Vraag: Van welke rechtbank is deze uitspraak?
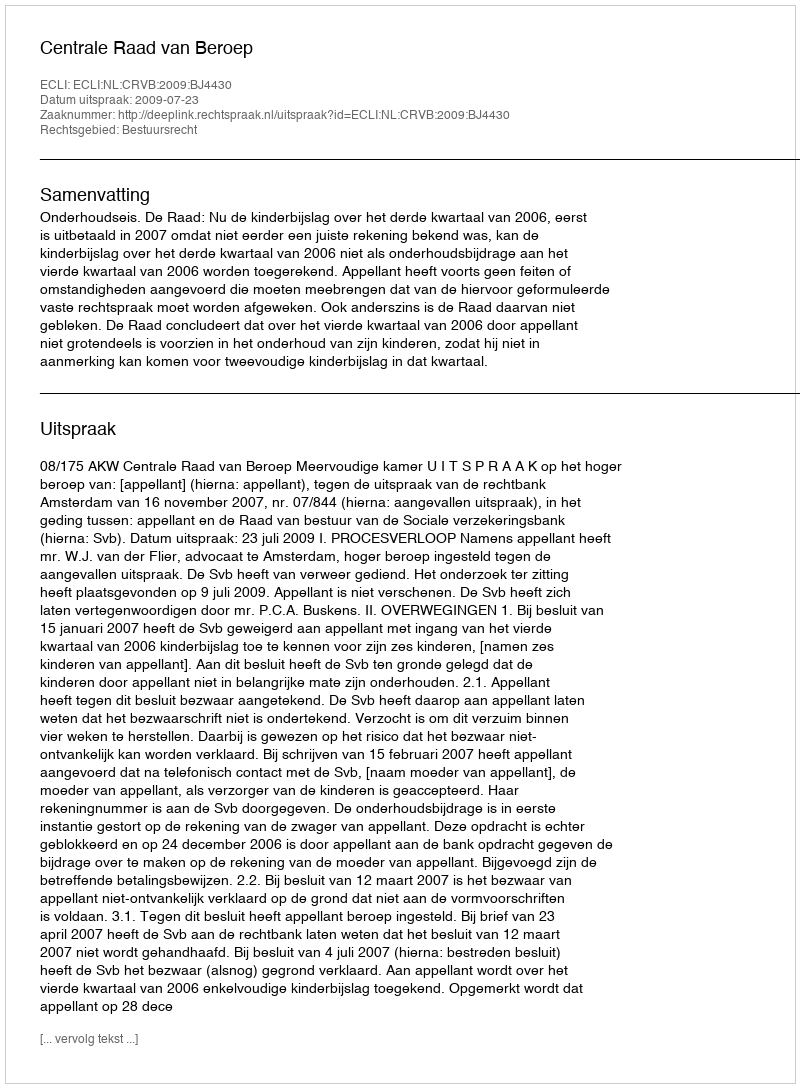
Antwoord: Centrale Raad van Beroep